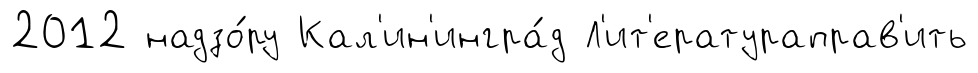
2012 надзо́ру Кал'ин'ингра́д Л'ит'ератураправ'ить